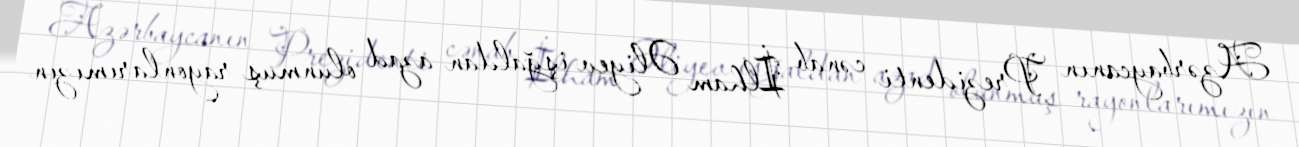
Azərbaycanın Prezidenti cənab İlham Əliyev işğaldan azad olunmuş rayonlarımızın